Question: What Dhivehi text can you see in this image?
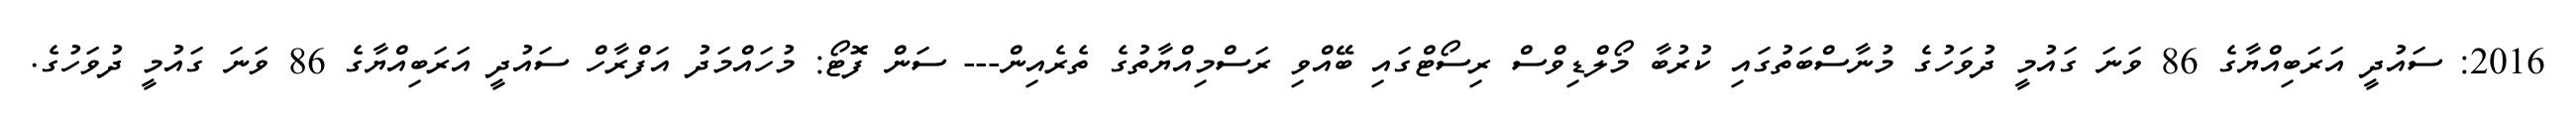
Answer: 2016: ސައުދީ އަރަބިއްޔާގެ 86 ވަނަ ގައުމީ ދުވަހުގެ މުނާސްބަތުގައި ކުރުބާ މޯލްޑިވްސް ރިސޯޓްގައި ބޭއްވި ރަސްމިއްޔާތުގެ ތެރެއިން--- ސަން ފޮޓޯ: މުހައްމަދު އަފްރާހް ސައުދީ އަރަބިއްޔާގެ 86 ވަނަ ގައުމީ ދުވަހުގެ.